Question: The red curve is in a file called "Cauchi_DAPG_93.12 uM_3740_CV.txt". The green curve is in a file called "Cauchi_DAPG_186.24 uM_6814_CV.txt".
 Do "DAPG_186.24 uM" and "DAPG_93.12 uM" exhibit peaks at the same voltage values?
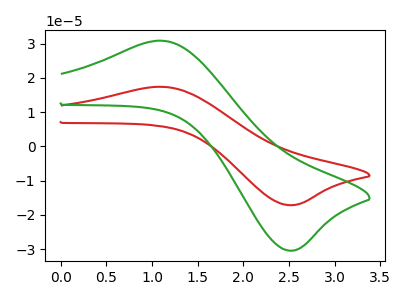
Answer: <think>The red curve "DAPG_93.12 uM" has an anodic peak at (1.10V, 17.40uA) and a cathodic peak at (2.55V, -17.15uA). The green curve "DAPG_186.24 uM" has an anodic peak at (1.10V, 30.85uA) and a cathodic peak at (2.55V, -30.40uA).</think>
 <answer>Yes, "DAPG_186.24 uM" have a peak in "DAPG_93.12 uM" at the same potential.</answer>
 <eval>match</eval>